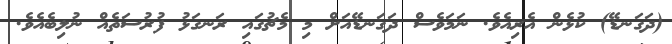
(ދަގަނޑޭ) ކުޅެން އެރިއެވެ. ނަމަވެސް ދަގަނޑޭއަށް މި މެޗުގައި ރަނގަޅު ފުރުސަތެއް ނުލިބެއެވެ.